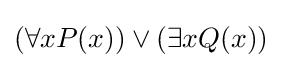
(\forall xP(x))\lor (\exists xQ(x))